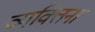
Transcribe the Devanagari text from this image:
व्यक्तिनां